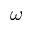
\omega